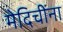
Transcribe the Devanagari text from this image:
मेदिचींना